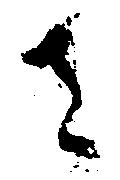
を